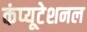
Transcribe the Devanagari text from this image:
कंप्‍यूटेशनल